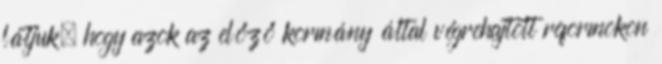
látjuk, hogy azok az előző kormány által végrehajtott reformokon